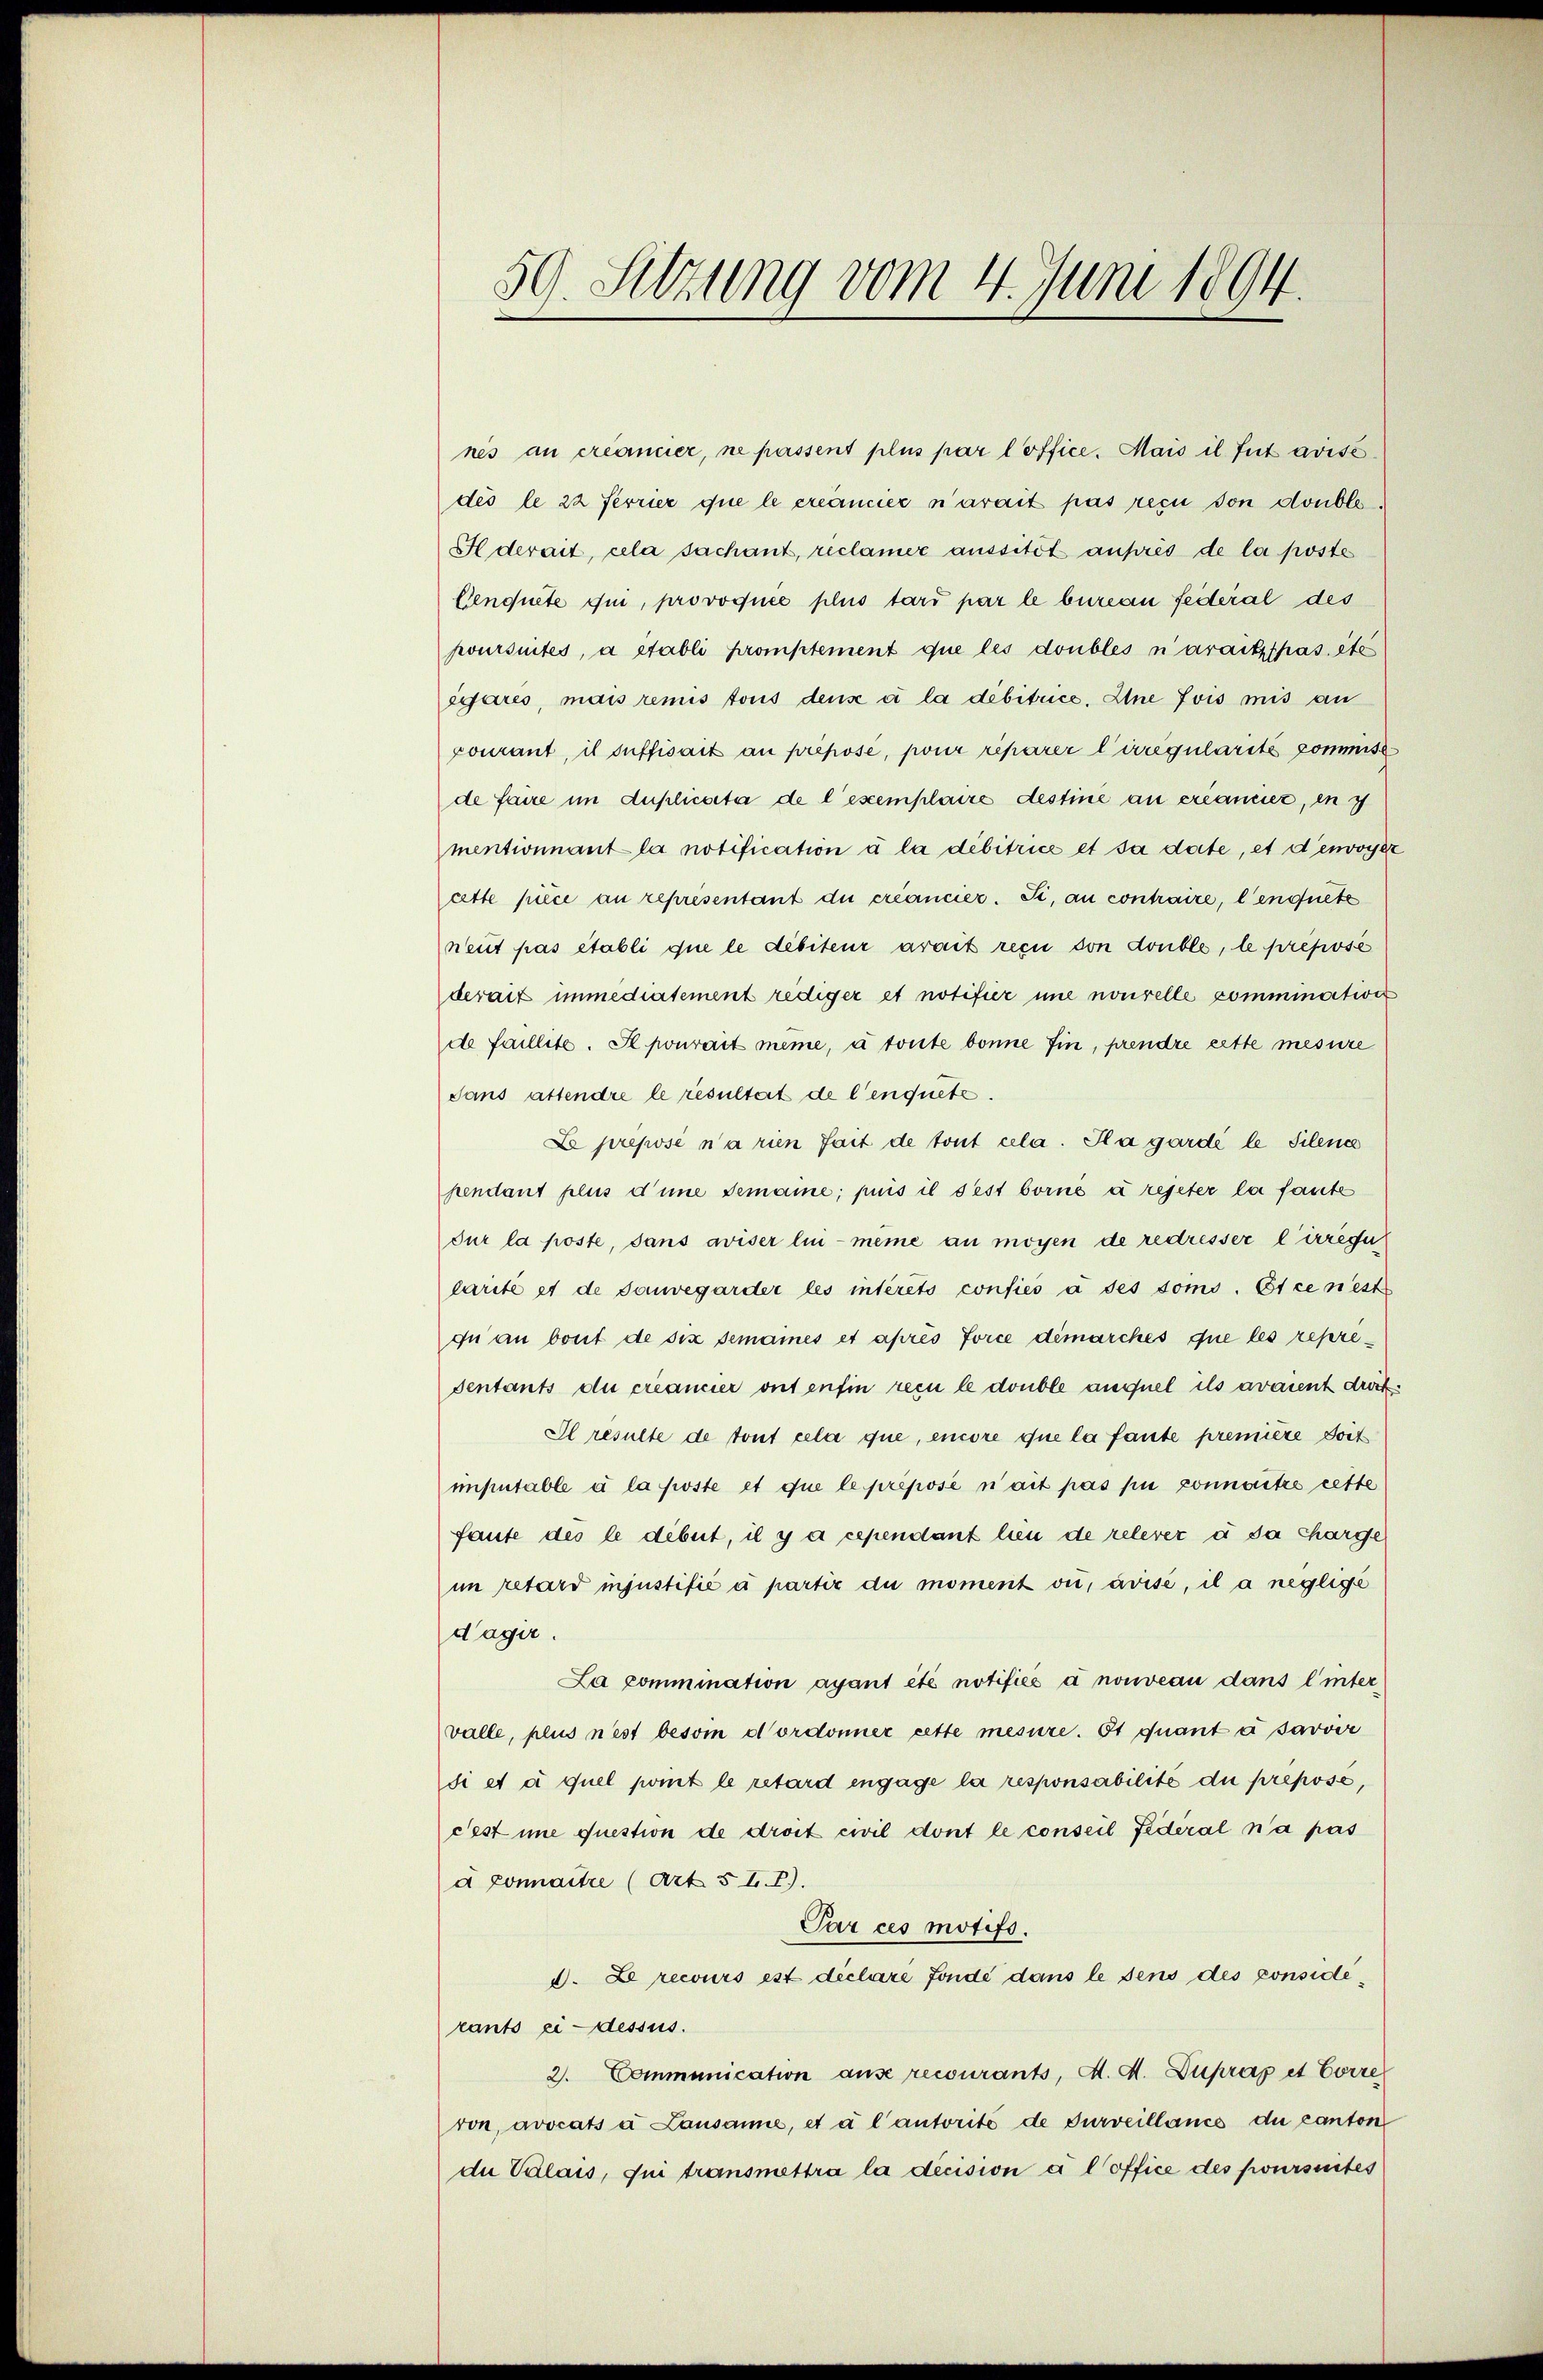
59. Sitzung vom 4. Juni 1894.

nes au créamier, ne passent plus par l’office. Mais il tut avisedés le 22 Ferrier que le créancier narait pas recu von double
I derait, cela sachant, riclamer aussitôt auprès de la poste
Cenquete qui, provoquée plus tard par le bureau federal des
poursuites, a établi promptement que les doubles n’arait pas été
sgares, mais remis tous dens à la débitrice, Eine fois mis an
courant, il suffisait an prepose, pour réparer Cirregularité commiss
de faire im duplicata de l’exemplaire destine an creanier, in s
mentionnant la notification à la débitrice et sa date, et denvoyer
cette piece an representant du créancier. Si, au contraire, l’enquete
neut pas établi que le débiteur arait recu von double, le préposé
derait immediatement rediger et notifier une nouvelle commination
de faillite. Il pourait même, à toute bonne fin, prendre cette mesure
dans attendre le resultert de l’enquete.
L preposé n’a rien fait de tout cela. Pla gardé le Silenc
pendant plus d’une demanne; puis il dest borné à rejeter la fante
dur la poste, sans aviser lui-même au moyen de redresser l’irriger
larite et de sauvegarder les intérêts confiés à des toms. Et ce nest
qu an bout de six semaines et après force dimarches que les representants du créancier ont enfin rein le double auquel ils avaient dritt.
Il resulte de tout cela que, encore que la fante première doit
imputable à la poste et que le préposé n’ait pas pui connaitre cette
faute des le dibut, il y a cependant hien de relever à da charge
im retard injustifié à partir du moment ou avise, il a neglige
dagir.
La commination ayant été notifiés à nouveau dans l’inter
valle, plus n’est besom dordonner cette mesure. Et quant à savoir
di et à quel pomt le retard engage la responsabilité du prepose,
dest imme question de droit civil dont le conseil fédéral n’a pas
d connaitre (Art. 5 t. 1).
Par ces motifs.
d. Le recours est déclaré fonde dans le sens des considérants ci-dessus.
2. Communication ause recourants, A. A. Duprap et Corre
von, avocats a Lausanne, et à l’autorité de surveillance du canton
du Valais, qui transmettra la décision a l office des poursuites